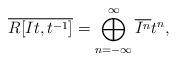
LaTeX: \begin{align*}\overline{R[It, t^{-1}]} = \bigoplus_{n = - \infty}^{\infty} \overline{I^n} t^n,\end{align*}